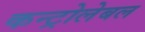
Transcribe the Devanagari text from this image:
कन्ट्रोलेबल